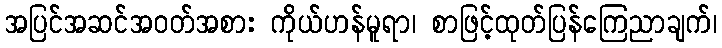
အပြင်အဆင်အဝတ်အစား ကိုယ်ဟန်မူရာ၊ စာဖြင့်ထုတ်ပြန်ကြေညာချက်၊